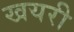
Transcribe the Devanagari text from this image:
खयरी